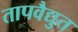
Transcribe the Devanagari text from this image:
तापवैद्युत